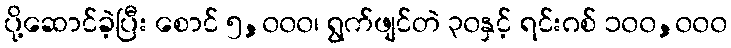
ပို့ဆောင်ခဲ့ပြီး စောင် ၅,၀၀၀၊ ရွက်ဖျင်တဲ ၃၀နှင့် ရင်းဂစ် ၁၀၀,၀၀၀